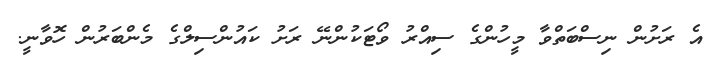
އެ ރަށުން ނިސްބަތްވާ މީހުންގެ ސިއްރު ވޯޓަކުންނޭ ރަށު ކައުންސިލްގެ މެންބަރުން ހޮވާނީ.